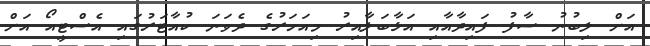
އަށް ލިބުނު ސާފު ފައިދާއާއި އަޅާބަލާއިރު މިއަހަރުގެ ދެވަނަ ކުއާޓަރުގައި އެސްޓީއޯ އަށް